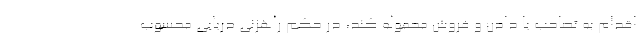
اقدام به تصاحب یا دادن و فروش محموله کند، در حکم راهزنی دریایی محسوب